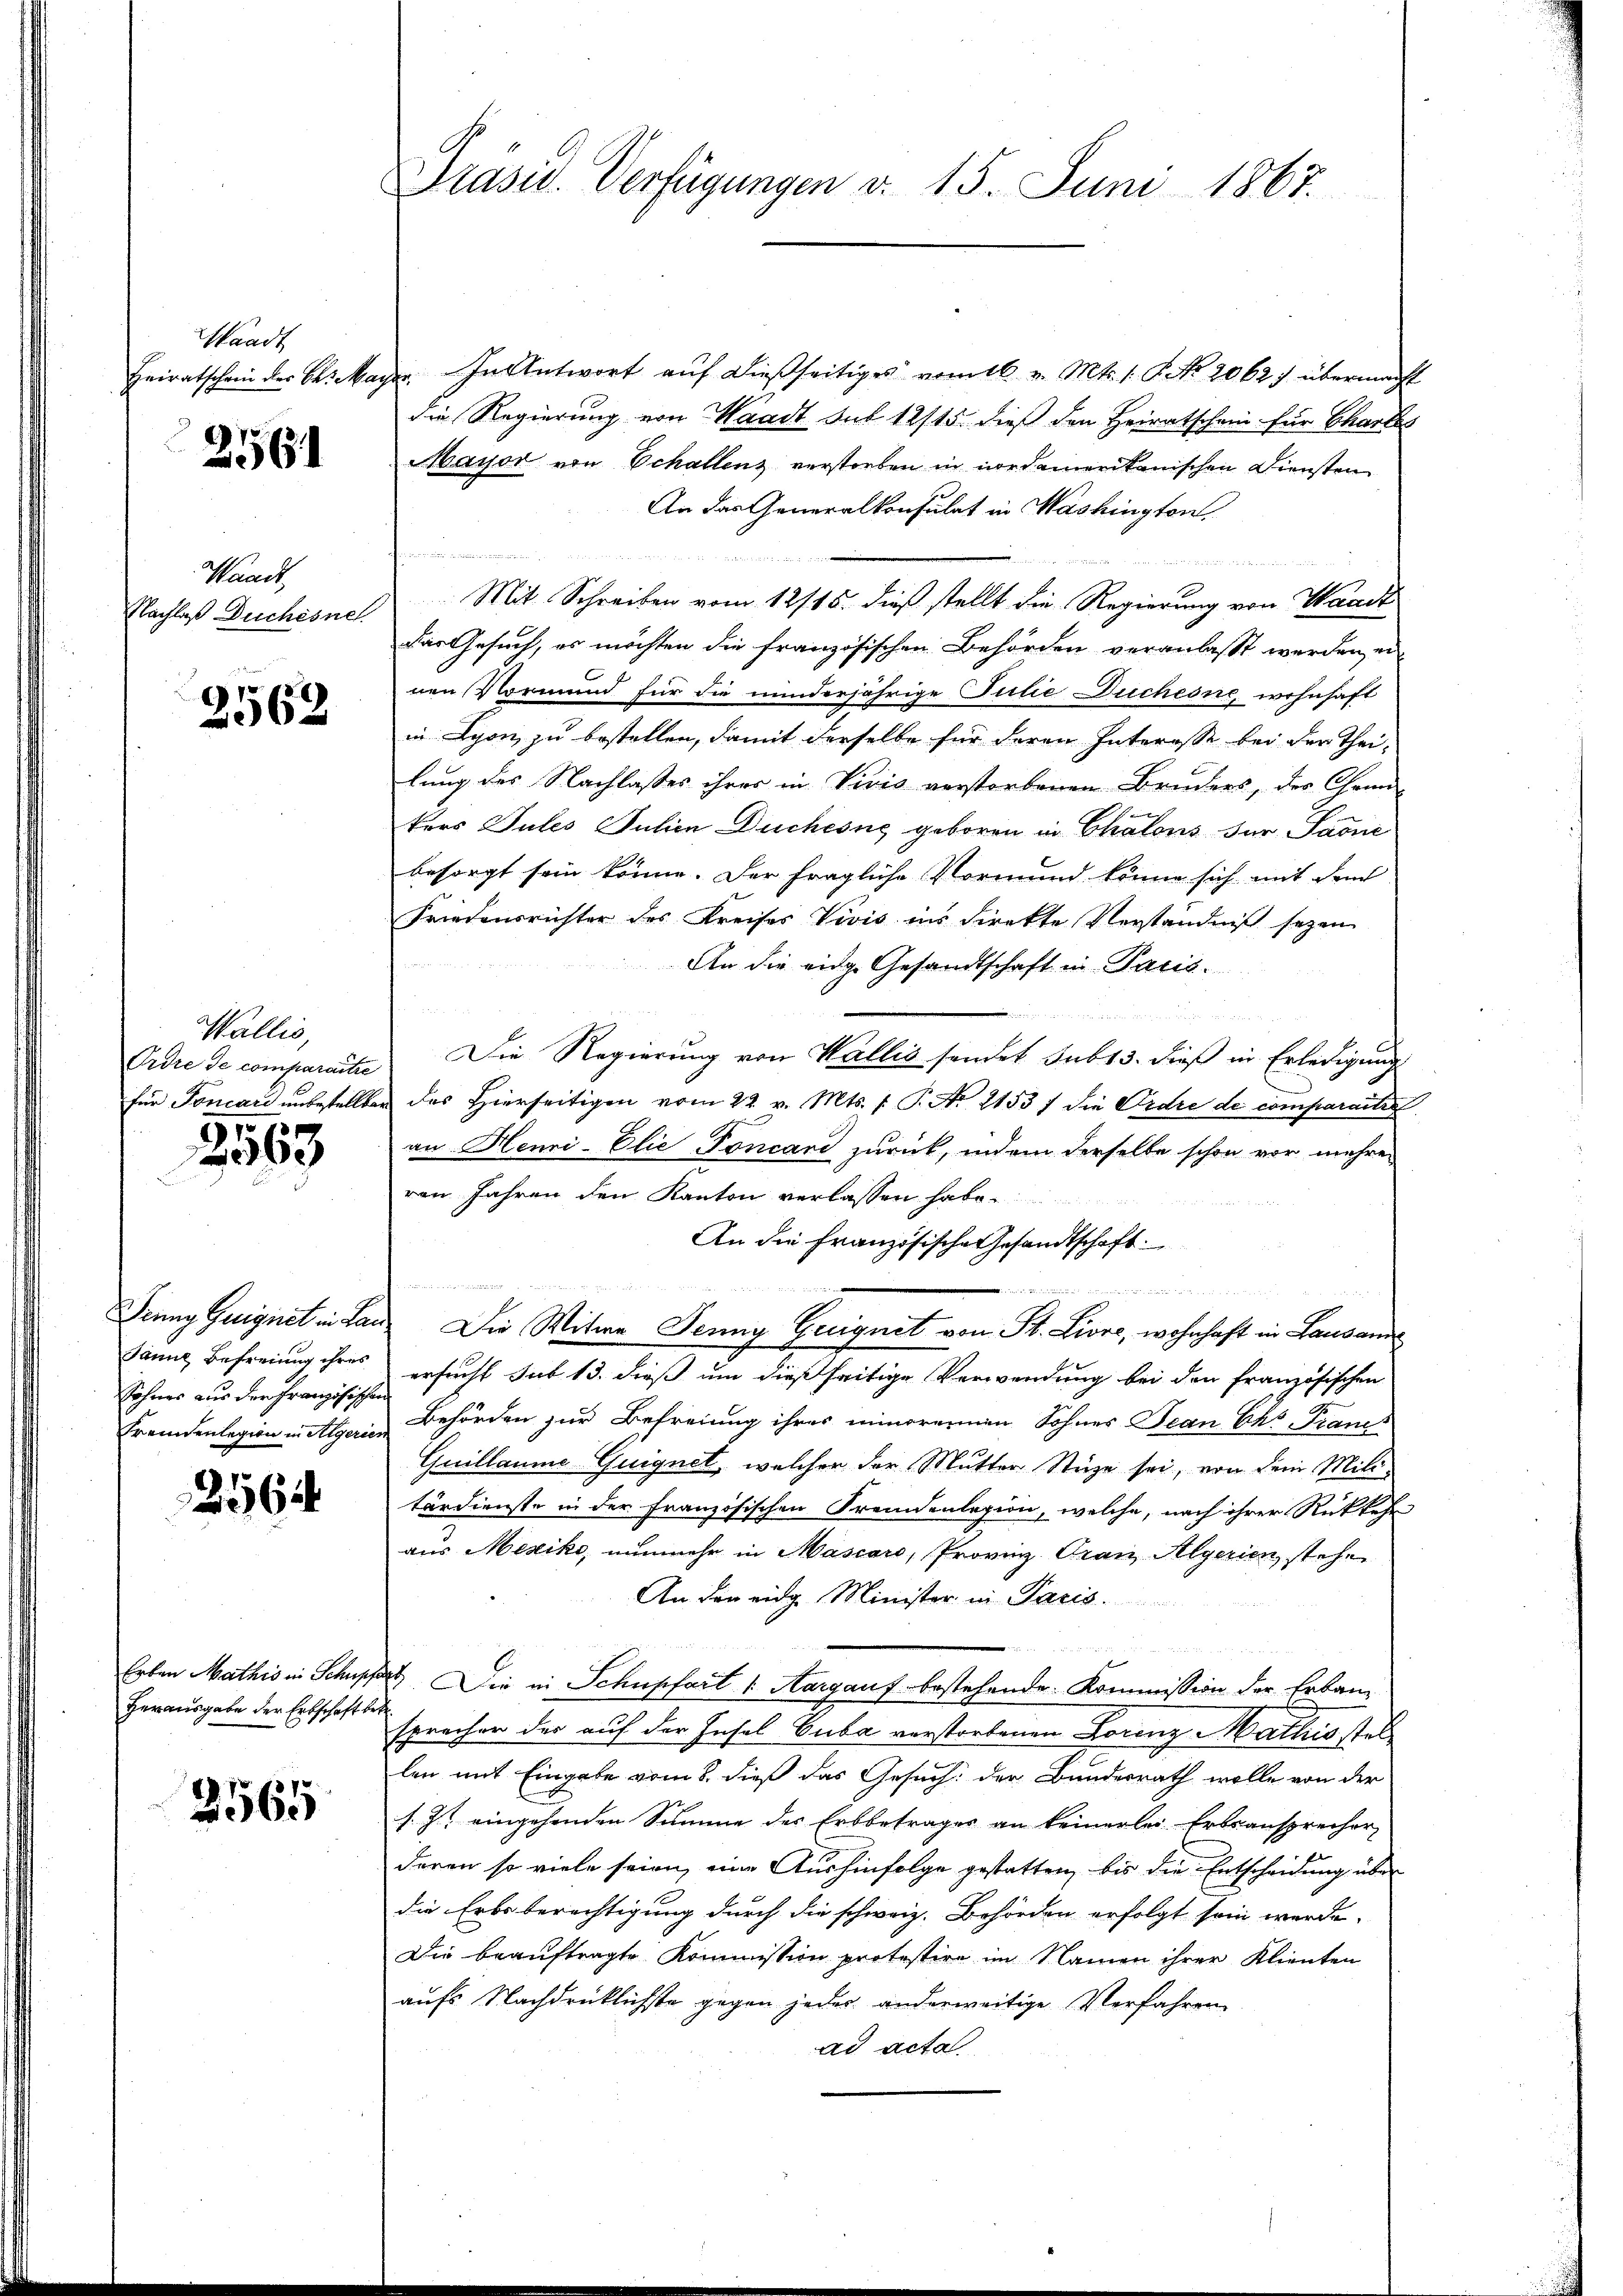
Waadt
Heiratschein der B. Mar

2561

Waack
Nachlaß Duchesne

2562

Wallis,
Ordre de comparatie
für Foncari unbestellte

2563

Prung Geeignet in Lan
Jannt Befreiung ihres
Sohnes aus der Französischen
Fremdenlegion in Algerier

356

Erben Mathis in Schupp
Herausgabe der Erbschaft be

2565

Präsid. Verfügungen d. 15. Juni 1867.

u. In Antwort auf dießseitiges vom 16. v. Mts. 1. P. Nr. 2062) übermacht
die Regierung von Waadt sub 12/15. dieß den Heiratschein für Chartes
Mayor von Echallenz verstorben in nordamerikanischen Diensten
An das Generalkonsulat in Washington,
  g   der den
Mit Schreiben vom 12/15. dieß stellt die Regierung von Waadt
Das Gesuch, es möchten die französischen Behörden veranlasst werden, einen Vormund für die minderjährige Julie Duchesne wohnhaft
in Lyon zu bestellen, damit derselbe für deren Interesse bei der Thei-
lung des Nachlasses ihrer in Viris verstorbenen Bruders, der Chemn-
kers Gutes Juhin Duchesne geboren in Chalons für Sarne
besorgt sein könne. Der fragliche Vormund könne sich mit dem
Friedensrichter des Kreises Vivis ins Direkte Verständniß seyen
An die eidg. Gesandtschaft in Pacis.

Die Regierung von Wallis sendet sub 13. dieß in Erledigung
des Hierseitigen vom 22. v. Mts. f. P. Nr. 2153 f die Ordre de comparatis
an Henri-Elie Toncard zurück, indem derselbe schon vor mehre
ven Jahren den Kanton verlassen habe.

An die Französische Gesandtschaft:

e
Die Witwe Jenny Greignet von St. Livre, wohnhaft in Lausan
ersucht sub 13. dieß um dießseitige Verwendung bei den Französischen
Behörden zur Befreiung ihres minorennen Sohnes Jean Ces Pranes
Guillaume Guignet, welcher der Mutter Stuze sei, von dem Mili-
tärdienste in der Französischen Fremdenlegion, welche, nach ihrer Rückkehr
aus Mexiko, nunmehr in Mascaro, Provinz Gran Algerien, stehe
An den eidg Minister in Paris.
) Die in Schupfart v. Aargauf bestehende Kommission der Erbausprecher der auf der Insel Cuba verstorbenen Lorenz Mathis stell
len mit Eingabe vom 8. dieß das Gesuch der Bundesrath wolle von der
s. Z. eingehenden Summe des Erbbetrages an keinerlei Erbsansprecher,
deren so viele seien, eine Aushinfolge gestatten, bis die Entscheidung über
die Erbsberechtigung durch die schweiz. Behörden erfolgt sein werde.
Die beauftragte Kommission protestire im Namen ihrer Klienten
aufs Nachdrücklichste gegen jeder anderweitige Verfahren
ad acta